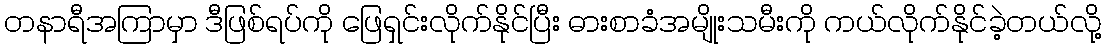
တနာရီအကြာမှာ ဒီဖြစ်ရပ်ကို ဖြေရှင်းလိုက်နိုင်ပြီး ဓားစာခံအမျိုးသမီးကို ကယ်လိုက်နိုင်ခဲ့တယ်လို့